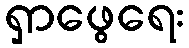
ရှာဖွေရေး